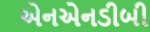
એનએનડીબી